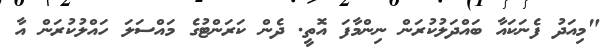
"މިއަދު ފެނަކައާ ބައްދަލުކުރަން ނިންމާފަ އޮތީ. ދެން ކަރަންޓުގެ މައްސަލަ ހައްލުކުރަން އާ